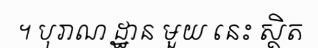
។ បុរាណ ដ្ឋាន មួយ នេះ ស្ថិត